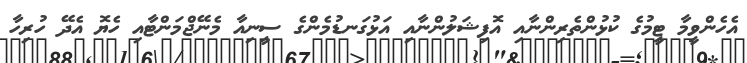
އެހެންވީމާ ޓީމުގެ ކުޅުންތެރިންނާއި އޮފިޝަލުންނާއި އަޅުގަނޑުމެންގެ ސީނިއާ މެނޭޖްމަންޓާއި ހެޔޮ އެދޭ ހުރިހާ